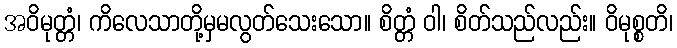
အဝိမုတ္တံ၊ ကိလေသာတို့မှမလွတ်သေးသော။ စိတ္တံ ဝါ၊ စိတ်သည်လည်း။ ဝိမုစ္စတိ၊